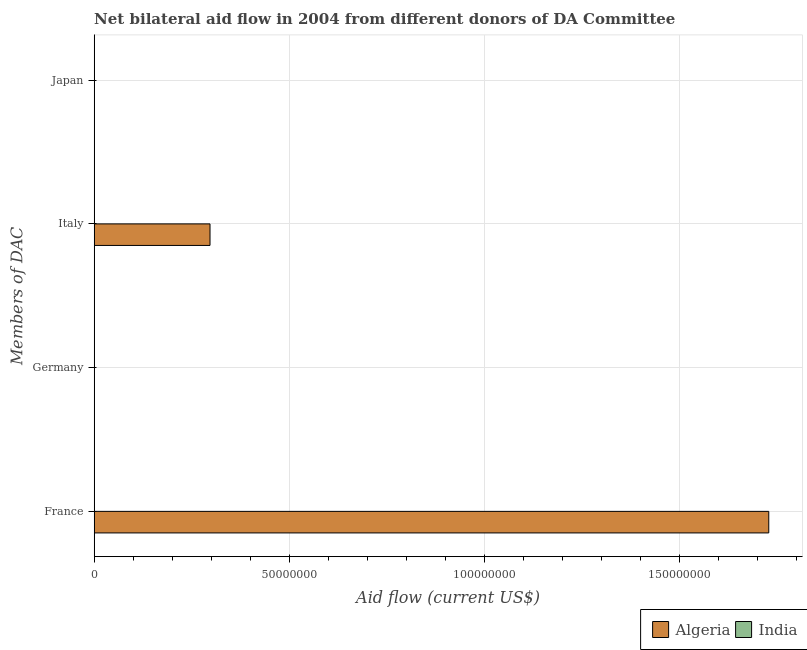
| Members of DAC | Algeria | India |
 | --- | --- | --- |
 | France | 1.73e+08 | -1.3e+07 |
 | Germany | -2.59e+06 | -1.07e+07 |
 | Italy | 2.97e+07 | -8.01e+07 |
 | Japan | -9.8e+05 | -8.20e+07 |